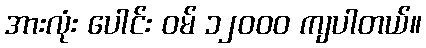
အားလုံး ပေါင်း ဝမ် ၁၂၀၀၀ ကျပါတယ်။